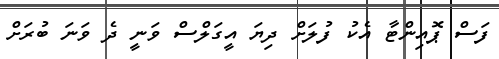
ފަސް ޕޮއިންޓާ އެކު ފުލަށް ދިޔަ އީގަލްސް ވަނީ ދެ ވަނަ ބުރަށް